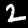
Digit: 2